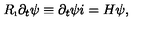
R _ { \i } \partial _ { t } \psi \equiv \partial _ { t } \psi i = H \psi ,